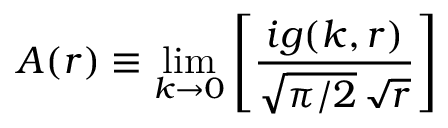
A ( r ) \equiv \operatorname * { l i m } _ { k \to 0 } \left[ { \frac { i g ( k , r ) } { \sqrt { \pi / 2 } \, \sqrt { r } } } \right]